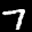
Digit: 7